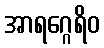
အာရဂ္ဂေရိဝ